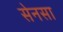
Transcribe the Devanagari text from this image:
सेनसा